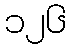
၁၂၆